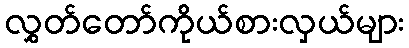
လွှတ်တော်ကိုယ်စားလှယ်များ